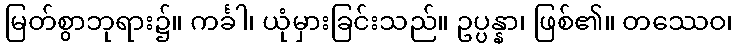
မြတ်စွာဘုရား၌။ ကင်္ခါ၊ ယုံမှားခြင်းသည်။ ဥပ္ပန္နာ၊ ဖြစ်၏။ တဿေဝ၊